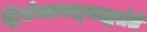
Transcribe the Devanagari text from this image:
द्विर्जयात्पश्‍चाद्वर्तते